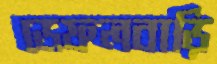
ডেফলবাড়ি